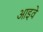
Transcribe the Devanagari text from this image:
आइवें